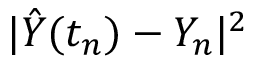
\lvert \hat { Y } ( t _ { n } ) - Y _ { n } \rvert ^ { 2 }